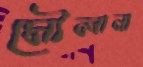
মৌলানা